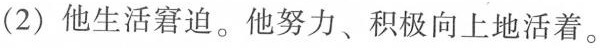
(2)他生活窘迫。他努力、积极向上地活着。